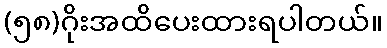
(၅၈)ဂိုးအထိပေးထားရပါတယ်။